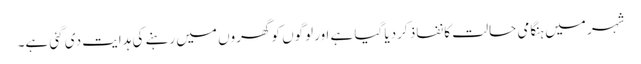
شہر میں ہنگامی حالت کا نفاذ کردیا گیا ہے اورلوگوں کو گھروں میں رہنے کی ہدایت دی گئی ہے۔